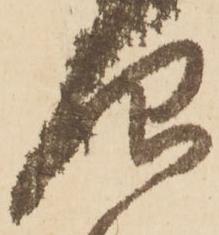
仰